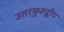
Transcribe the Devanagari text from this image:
उत्तरकुरूद्वीप